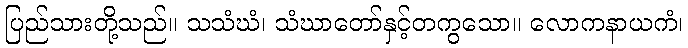
ပြည်သားတို့သည်။ သသံဃံ၊ သံဃာတော်နှင့်တကွသော။ လောကနာယကံ၊